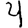
Digit: 4